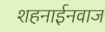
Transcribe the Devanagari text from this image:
शहनाईनवाज